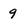
Character: 9